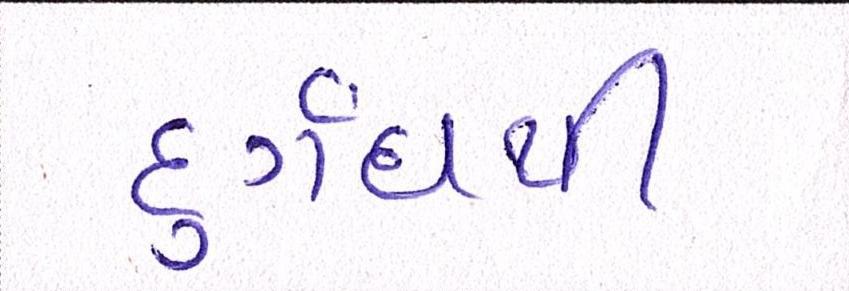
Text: દુર્ગંધથી